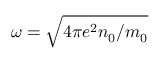
\omega = \sqrt { 4 \pi e ^ { 2 } n _ { 0 } / m _ { 0 } }